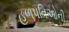
હળપતિઓની